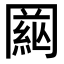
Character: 𦁒